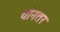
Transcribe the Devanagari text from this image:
यांनतर